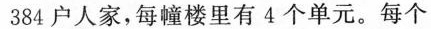
384户人家，每幢楼里有4个单元。每个单元里住几户人家?